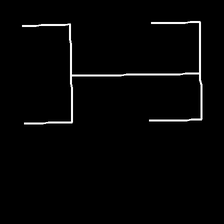
Glyph: entwine